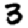
Digit: 3